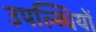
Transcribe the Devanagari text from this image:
उपल्ब्धियों